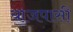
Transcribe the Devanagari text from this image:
याजपासी